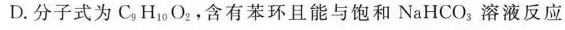
D. 分子式为 C_{9}H_{10}O_{2} ，含有苯环且能与饱和 NaHCO_{3} ，溶液反应